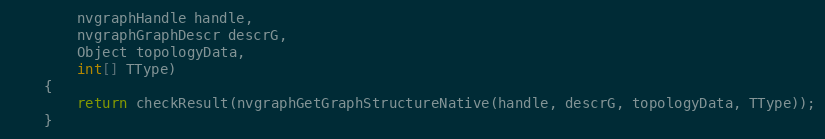
Language: Java
        nvgraphHandle handle,
        nvgraphGraphDescr descrG,
        Object topologyData,
        int[] TType)
    {
        return checkResult(nvgraphGetGraphStructureNative(handle, descrG, topologyData, TType));
    }